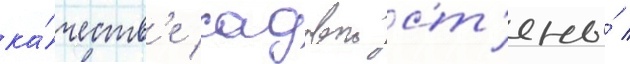
ка́честв'е садовои ст'ены́ /